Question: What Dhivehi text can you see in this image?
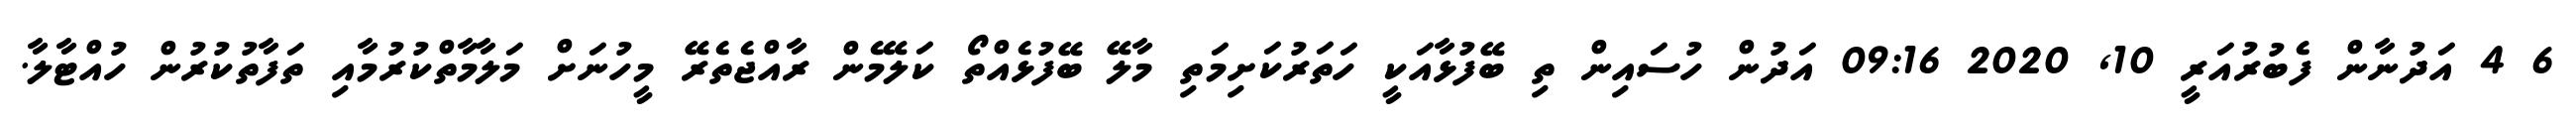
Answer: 6 4 އަދުނާން ފެބުރުއަރީ 10, 2020 09:16 އަދުން ހުސައިން ތި ބޭފުޅާއަކީ ހަތަރުކަށިމަތި މާލޭ ބޭފުޅެއްތޯ ކަލޭމެން ރާއްޖެތެރޭ މީހުނަށް މަލާމާތްކުރުމާއި ތަފާތުކުރުން ހުއްޓާލާ.